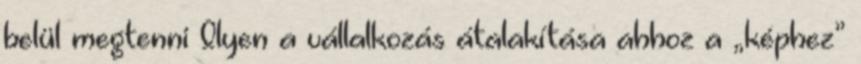
belül megtenni Ilyen a vállalkozás átalakítása ahhoz a „képhez”